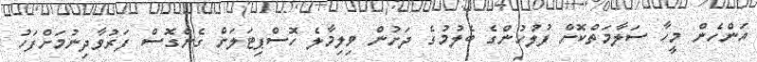
އަންހެން މީހާ ސަލާމަތްކޮށް ފުލުހުންގެ ބެލުމުގެ ދަށުން ވިލިމާލެ ހޮސްޕިޓަލަށް ގެންގޮސް ފަރުވާދިނުމަށްފަހު